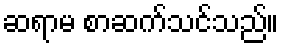
ဆရာမ စာဆက်သင်သည်။